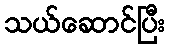
သယ်ဆောင်ပြီး